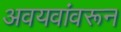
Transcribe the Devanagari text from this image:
अवयवांवरून